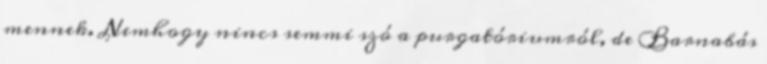
mennek. Nemhogy nincs semmi szó a purgatóriumról, de Barnabás